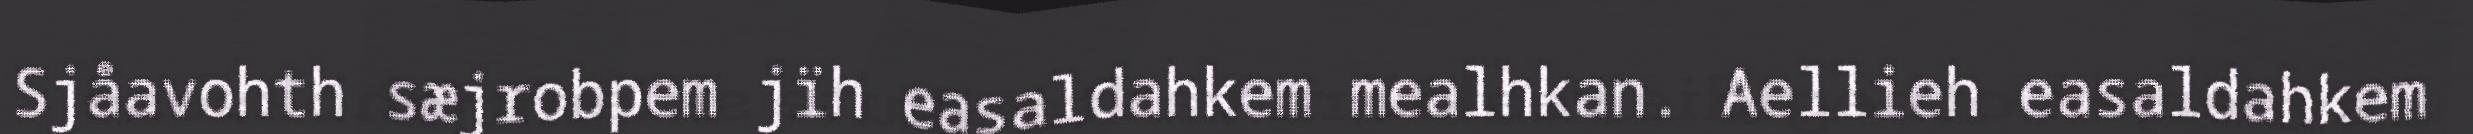
Sjåavohth sæjrobpem jïh easaldahkem mealhkan. Aellieh easaldahkem